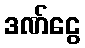
ဒဏ်ငွေ